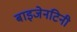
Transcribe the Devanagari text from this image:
बाइजेनटिनी